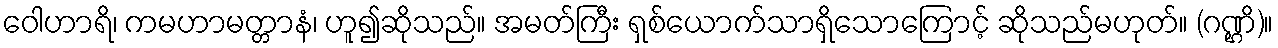
ဝေါဟာရိ၊ ကမဟာမတ္တာနံ၊ ဟူ၍ဆိုသည်။ အမတ်ကြီး ရှစ်ယောက်သာရှိသောကြောင့် ဆိုသည်မဟုတ်။ (ဂဏ္ဌိ)။